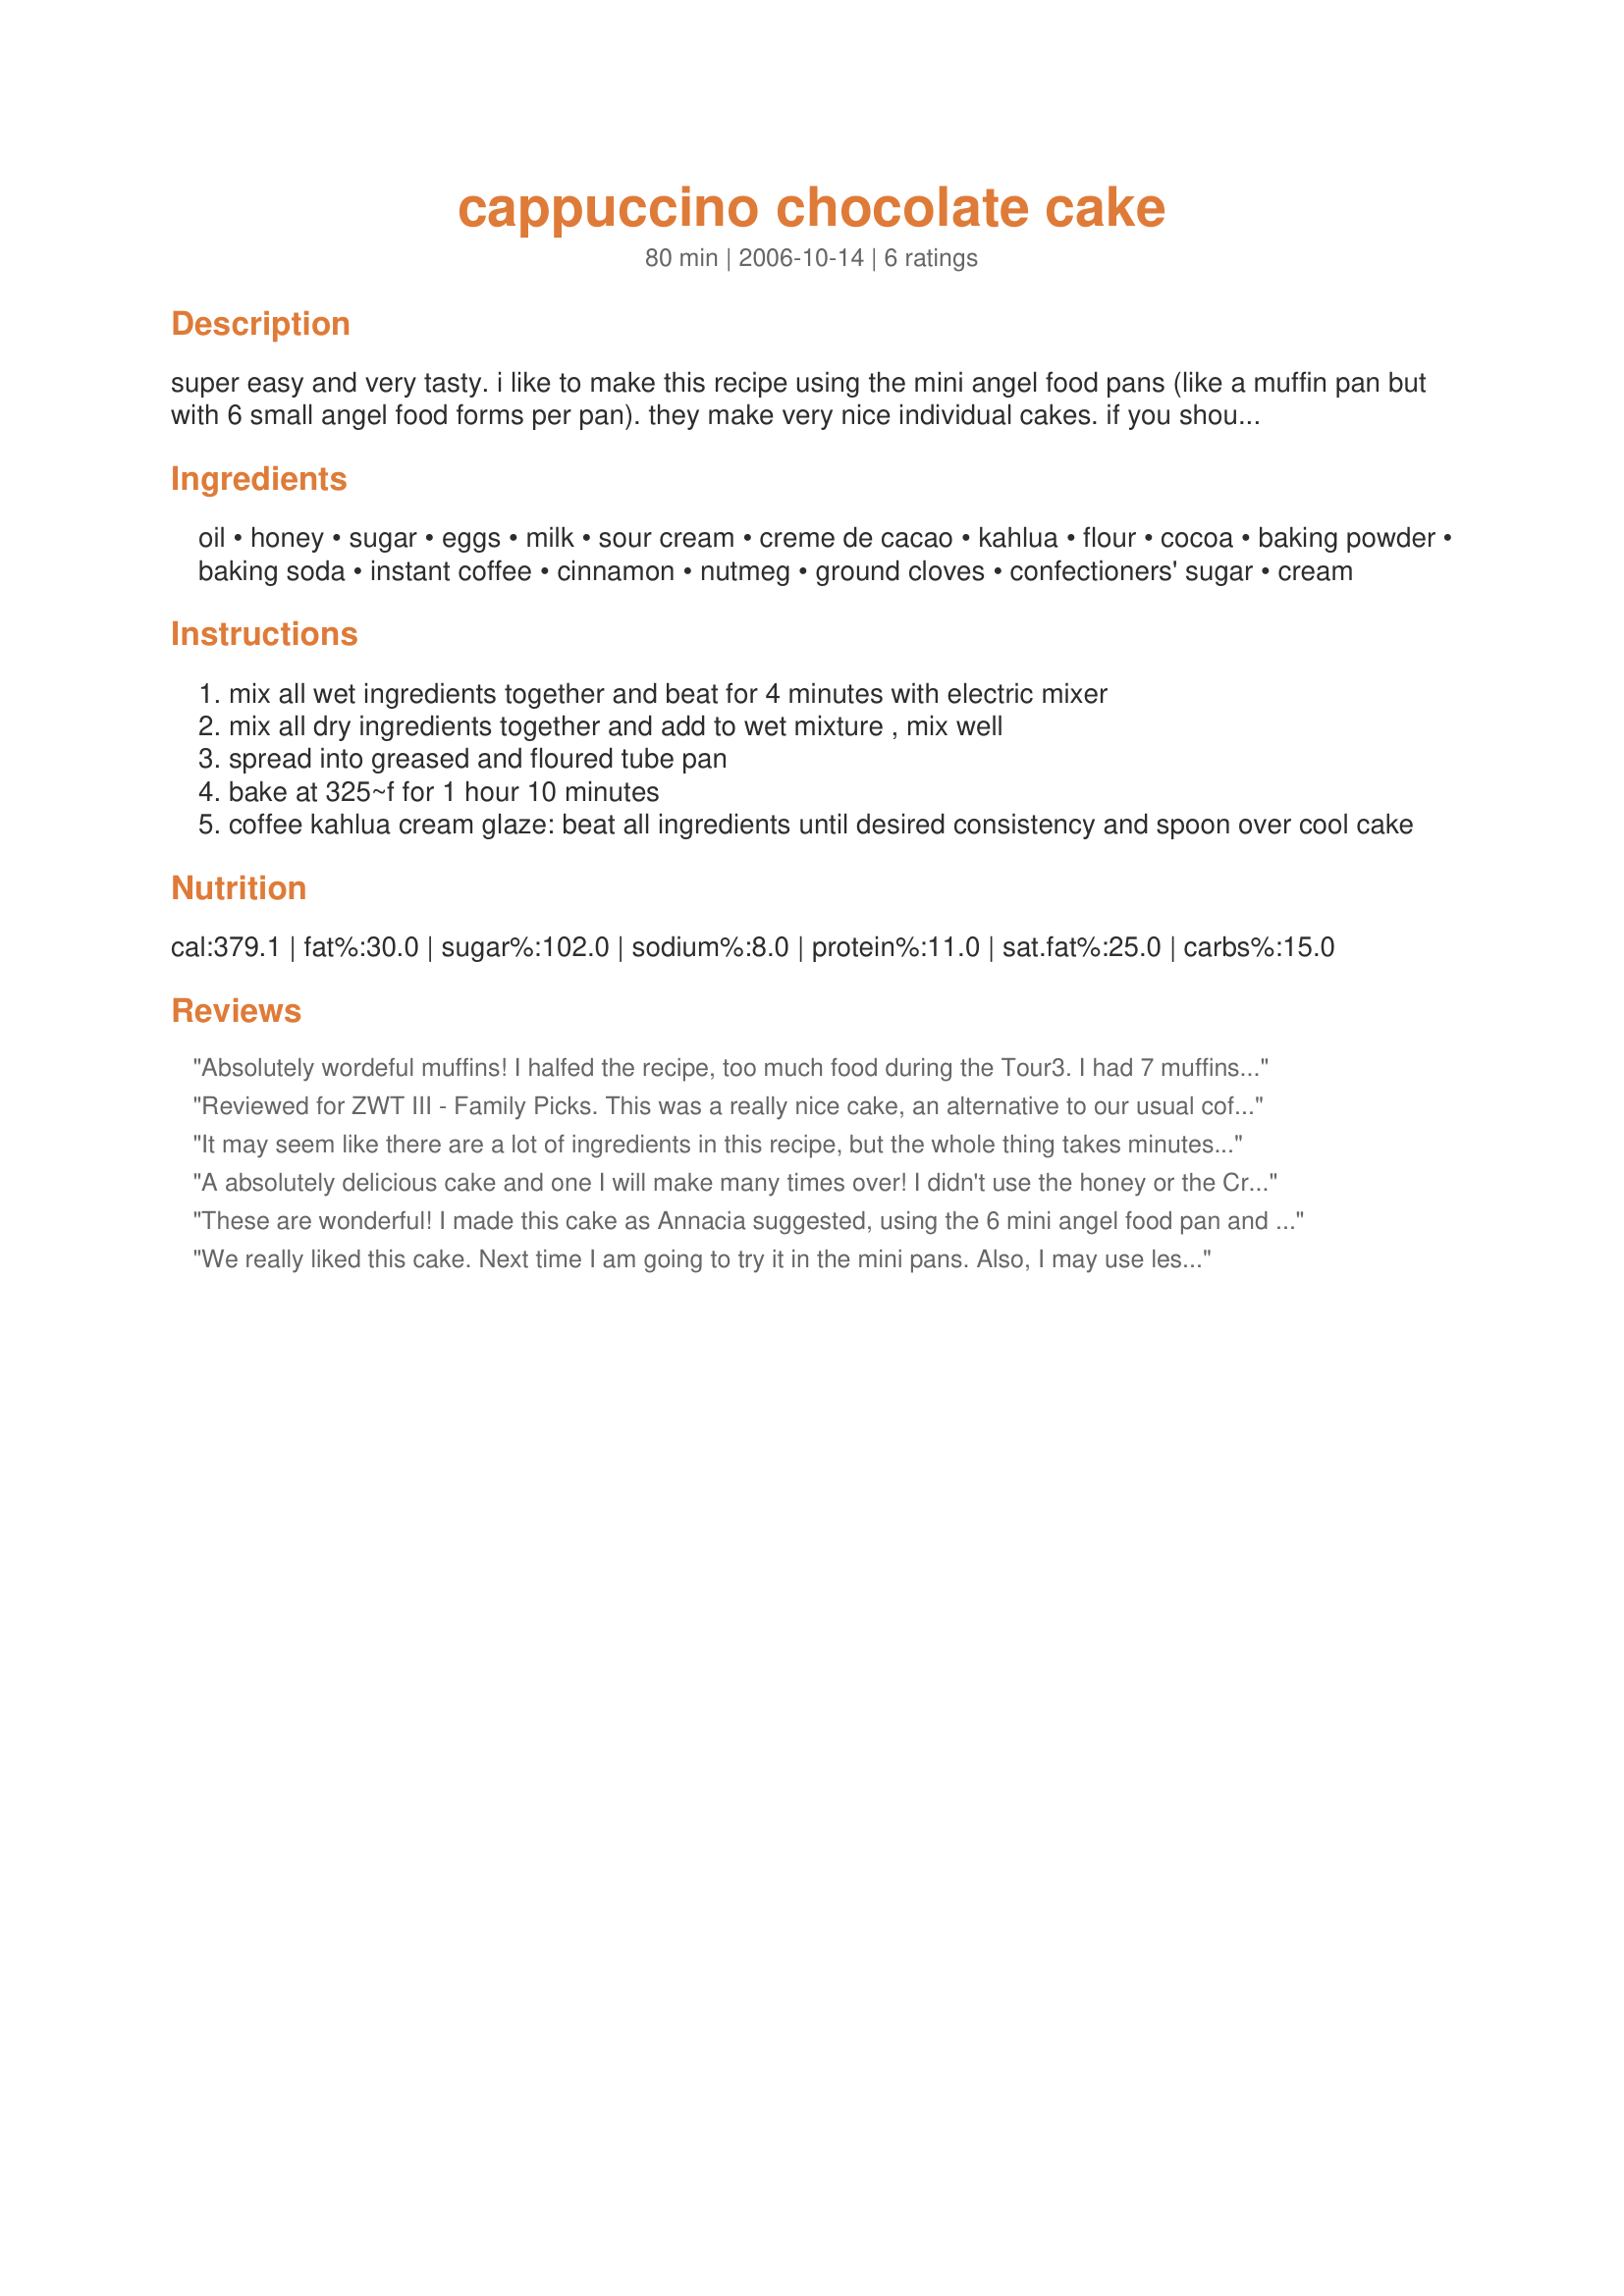
cappuccino chocolate cake
Preparation time: 80 minutes

super easy and very tasty. i like to make this recipe using the mini angel food pans (like a muffin pan but with 6 small angel food forms per pan). they make very nice individual cakes. if you should do it this way you will, of course, have to shorten the baking time. just keep an eye on them and they will be fine. mine bake in about 35 mins.

Ingredients:
oil, honey, sugar, eggs, milk, sour cream, creme de cacao, kahlua, flour, cocoa, baking powder, baking soda, instant coffee, cinnamon, nutmeg, ground cloves, confectioners' sugar, cream

Steps:
mix all wet ingredients together and beat for 4 minutes with electric mixer
mix all dry ingredients together and add to wet mixture , mix well
spread into greased and floured tube pan
bake at 325~f for 1 hour 10 minutes
coffee kahlua cream glaze: beat all ingredients until desired consistency and spoon over cool cake

Reviews:
Absolutely wordeful muffins! I halfed the recipe, too much food during the Tour3. I had 7 muffins and I loved them. I bring some at work and everyone loved them. But I had a problem with the glaze. Next time I'll disolve the coffee granules in the cream(or milk). I didn't think of it this time and the granules are like spots in the glaze as its shown in the photos. Another great recipe from Annacia!!! Thanks.
Reviewed for ZWT III - Family Picks. This was a really nice cake, an alternative to our usual coffee sponge variation. I omitted the alchohol but it turned out really nice. Easy to make and it has been eaten up by the 3 of us in just 2 sittings! Thanks.
It may seem like there are a lot of ingredients in this recipe, but the whole thing takes minutes to put together, and you get such an impressive cake at the end of it! The only change I made to the recipe was to use non-dairy ingredients and to leave out the cloves (bad cloves, we don't like!). I poured (slowly poured, it's thick) the batter into a silicon cake pan that had all sorts of interesting angles, and after about 1 hour and 15 minutes I let it cook for a tiny bit and then out it came onto my cake plate, a work of art just waiting to be embellised. I just dusted the whole thing with sugar ground with some coffee into coffee sugar. A few whipped cream rosettes on top and them some more coffee sugar. I got a lot of ooohs and aaaahs when I brought it to the table, and the whole thing was decimated in moments, you would think I live with a family of goats!
A absolutely delicious cake and one I will make many times over! I didn't use the honey or the Creme de Cacao however I increased the Kahlua to 2 tablespoons, I might increase the sugar amount next time only slightly, I also made the glaze which is a must-make for this cake, thanks for sharing this great cake recipe Annacia, we loved it!
These are wonderful! I made this cake as Annacia suggested, using the 6 mini angel food pan and baked in about 27 minutes. I also tried the remainder of my batter in my mini shortcakes pan. I made the glaze a little thinner than Annacia shows in her photo so it would be more of a drippable consistency. For my little cappuccino chocolate shortcakes, I will be able to fill with fresh blueberries or strawberries and top with whipped cream. In the photo I posted here, I filled the shortcake with whipped cream and sprinkled with a little nutmeg. This cake is lightly coffee flavored, not over-powering at all. Very, very tasty! Thank you, Annacia!
We really liked this cake. Next time I am going to try it in the mini pans. Also, I may use less cinnamon. This cake is so fast to put together! Thanks!
